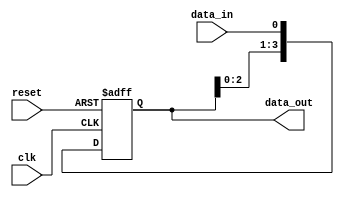
module serial_in_parallel_out_reg(
    input wire clk,
    input wire reset,
    input wire data_in,
    output reg [3:0] data_out
);

reg [3:0] register;

always @(posedge clk or posedge reset) begin
    if (reset) begin
        register <= 4'b0;
    end else begin
        register <= {register[2:0], data_in};
    end
end

assign data_out = register;

endmodule